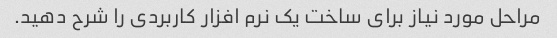
مراحل مورد نیاز برای ساخت یک نرم افزار کاربردی را شرح دهید.